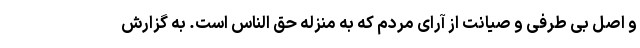
و اصل بی طرفی و صیانت از آرای مردم که به منزله حق الناس است. به گزارش